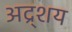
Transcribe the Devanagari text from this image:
अद्र्शय